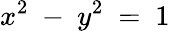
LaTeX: x^{2}\ -\ y^{2}\ =\ 1